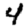
Digit: 4